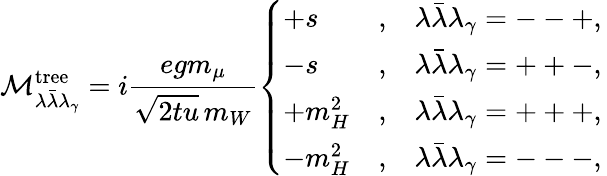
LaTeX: {\cal M}_{\lambda\bar{\lambda}\lambda_{\gamma}}^{\mathrm{tree}}=i\frac{egm_{\mu}}{\sqrt{\displaystyle 2tu}\, m_{W}}\left\{ \begin{array}{lcl}{{+s}}&{{,}}&{{\lambda\bar{\lambda}\lambda_{\gamma}=--+,}}\\ {{-s}}&{{,}}&{{\lambda\bar{\lambda}\lambda_{\gamma}=++-,}}\\ {{+m_{H}^{2}}}&{{,}}&{{\lambda\bar{\lambda}\lambda_{\gamma}=+++,}}\\ {{-m_{H}^{2}}}&{{,}}&{{\lambda\bar{\lambda}\lambda_{\gamma}=---,}}\end{array}\right.\,